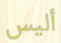
أليس